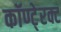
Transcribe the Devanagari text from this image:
कॉण्टे्रक्ट